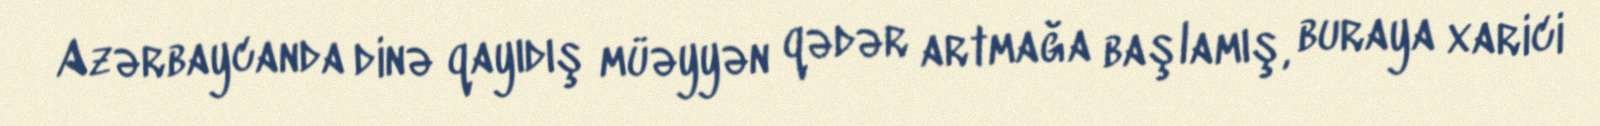
Azərbaycanda dinə qayıdış müəyyən qədər artmağa başlamış, buraya xarici